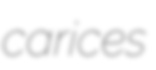
carices